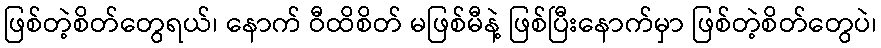
ဖြစ်တဲ့စိတ်တွေရယ်၊ နောက် ဝီထိစိတ် မဖြစ်မီနဲ့ ဖြစ်ပြီးနောက်မှာ ဖြစ်တဲ့စိတ်တွေပဲ၊